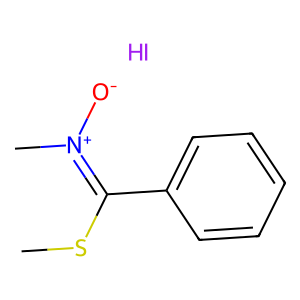
SMILES: CSC(c1ccccc1)=[N+](C)[O-].I
Inhibits HIV replication: No